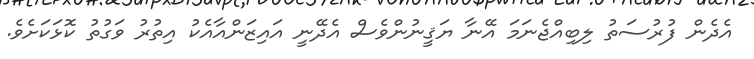
އެދެން ފުރުސަތު ލިބިއްޖެނަމަ އޭނާ ޔަޤީނުންވެސް އެދޭނީ އައިޒަންއާއެކު އިތުރު ވަގުތު ކޮޅަކަށެވެ.